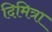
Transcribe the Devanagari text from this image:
दिमित्रा